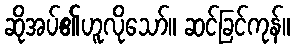
ဆိုအပ်၏ဟူလိုသော်။ ဆင်ခြင်ကုန်။